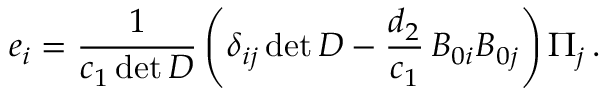
{ e _ { i } } = \frac { 1 } { { { c _ { 1 } } \operatorname* { d e t } D } } \left( { { \delta _ { i j } } \operatorname* { d e t } D - \frac { { { d _ { 2 } } } } { { { c _ { 1 } } } } \, { B _ { 0 i } } { B _ { 0 j } } } \right) { \Pi _ { j } } \, .